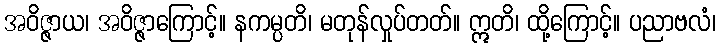
အဝိဇ္ဇာယ၊ အဝိဇ္ဇာကြောင့်။ နကမ္ပတိ၊ မတုန်လှုပ်တတ်။ ဣတိ၊ ထို့ကြောင့်။ ပညာဗလံ၊